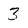
Character: 3